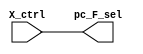
module Control_F (X_ctrl, pc_F_sel);         // X_ctrl signal is used by Control_X to send command to Control_F

    input X_ctrl;
    output reg pc_F_sel;

    initial pc_F_sel = 0;

    always@ (*) begin
        // if (X_ctrl == 1) begin
        //     pc_F_sel <= 1;      // use alu for new pc
        // end
        // else begin
        //     pc_F_sel <= 0;      // use pc + 4
        // end
        pc_F_sel <= X_ctrl;
    end

endmodule